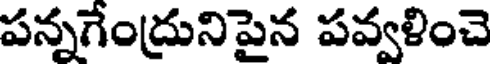
పన్నగేంద్రునిపైన పవ్వళించె